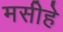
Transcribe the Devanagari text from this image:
मसीहे